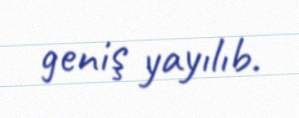
geniş yayılıb.